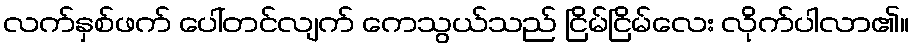
လက်နှစ်ဖက် ပေါ်တင်လျက် ကေသွယ်သည် ငြိမ်ငြိမ်လေး လိုက်ပါလာ၏။